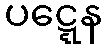
ပဋ္ဋေန